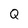
Character: Q